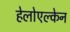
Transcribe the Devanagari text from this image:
हेलोएल्केन